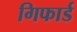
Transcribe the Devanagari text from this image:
गिफार्ड